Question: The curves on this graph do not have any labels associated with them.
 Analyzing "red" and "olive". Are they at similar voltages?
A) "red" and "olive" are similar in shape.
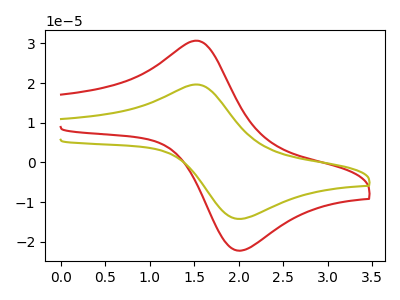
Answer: <think>The red curve "red" has an anodic peak at (1.55V, 30.65uA) and a cathodic peak at (1.95V, -22.05uA). The olive curve "olive" has an anodic peak at (1.55V, 19.65uA) and a cathodic peak at (1.95V, -14.15uA).
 All the peaks in "red" have a peak in "olive" at the same potential. Every peak in "red" is higher than every peak in "olive".</think>
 <answer>A) "red" and "olive" are similar in shape.</answer>
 <eval>A</eval>